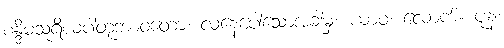
စန္ဒိမသူရိယပါတုဘာဝတော၊ လနေပေါ်သောအခါမှ။ ယာဝ၊ လောက်။ ပုန၊